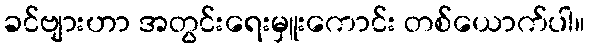
ခင်ဗျားဟာ အတွင်းရေးမှူးကောင်း တစ်ယောက်ပါ။